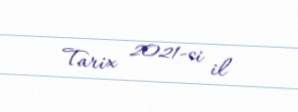
Tarix 2021-ci il